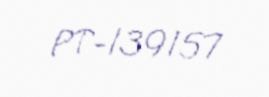
PT-139157